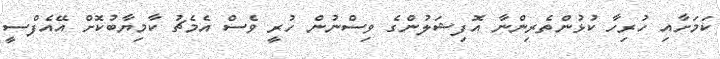
ކަމަށާއި ހުރިހާ ކުޅުންތެރިންނާ އޮފިޝަލުންގެ ވިސްނުން ހުރީ ވެސް އެމެޗު ކާމިޔާބުކޮށް އޭއެފްސީ